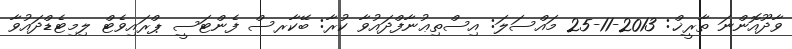
ވާދޫއޮންނަ ތާރީޚް: 2013-11-25 މައްސަލަ: އިސްތިޢުނާފްދައުވާ ކުރާ: ބޭކާރސް ފެންޓަސީ ޕްރައިވެޓް ލިމިޓެޑްދައުވާ